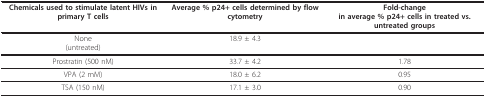
| Chemicals used to stimulate latent HIVs in primary T cells | Average % p24+ cells determined by flow cytometry | Fold-changein average % p24+ cells in treated vs. untreated groups |
 | --- | --- | --- |
 | None(untreated) | 18.9 ± 4.3 |  |
 | Prostratin (500 nM) | 33.7 ± 4.2 | 1.78 |
 | VPA (2 mM) | 18.0 ± 6.2 | 0.95 |
 | TSA (150 nM) | 17.1 ± 3.0 | 0.90 |